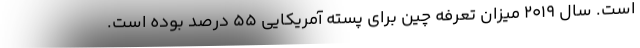
است. سال 2019 میزان تعرفه چین برای پسته آمریکایی 55 درصد بوده است.